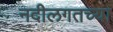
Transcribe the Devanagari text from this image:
नदीलगतच्या